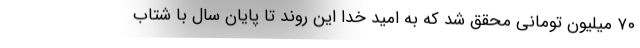
۷۰ میلیون تومانی محقق شد که به امید خدا این روند تا پایان سال با شتاب